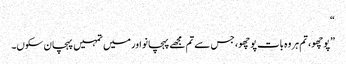
“
”پوچھو، تم ہر وہ بات پوچھو، جس سے تم مجھے پہچانو اور میں تمہیں پہچان سکوں۔